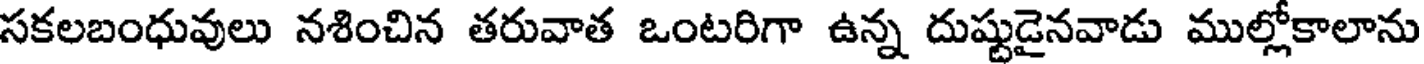
సకలబంధువులు నశించిన తరువాత ఒంటరిగా ఉన్న దుష్టుడైనవాడు ముల్లోకాలాను